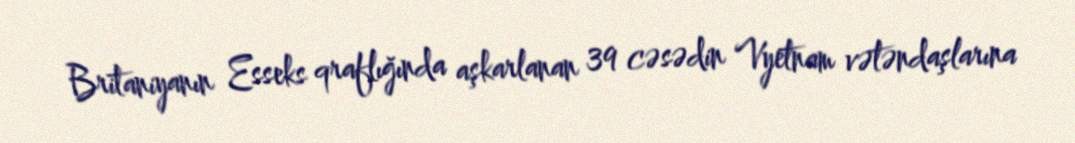
Britaniyanın Esseks qraflığında aşkarlanan 39 cəsədin Vyetnam vətəndaşlarına